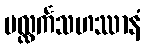
ပလ္လင်္ကသဟဿာနံ